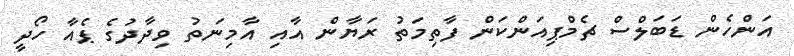
އަންހެން ޑަބަލްސް ޗެމްޕިއަންކަން ފާތިމަތު ރަޔާން އާއި އާމިނަތު ވިދާދުގެ ޕެއާ ހޯދީ